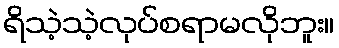
ရိသဲ့သဲ့လုပ်စရာမလိုဘူး။